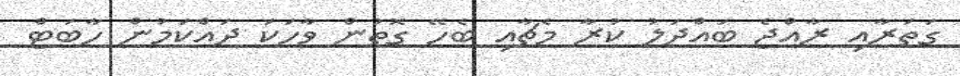
ގަތަރާއި ރާއްޖެ ބައްދަލު ކުރާ މެޗާއި ބެހޭ ގޮތުން ވާހަކަ ދައްކަމުން ހާބަޓް